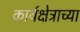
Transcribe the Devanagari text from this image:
कार्यक्षेत्राच्या